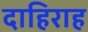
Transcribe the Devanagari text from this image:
दाहिराह